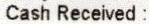
CASH RECEIVED: